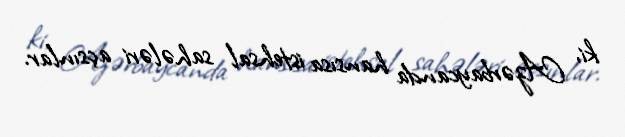
ki, Azərbaycanda hansısa istehsal sahələri açsınlar.